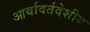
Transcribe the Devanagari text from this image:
आर्यावर्तदेशीय